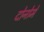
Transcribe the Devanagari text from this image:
दोनोमे